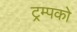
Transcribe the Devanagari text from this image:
ट्रम्पको